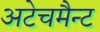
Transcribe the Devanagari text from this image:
अटेचमैन्ट